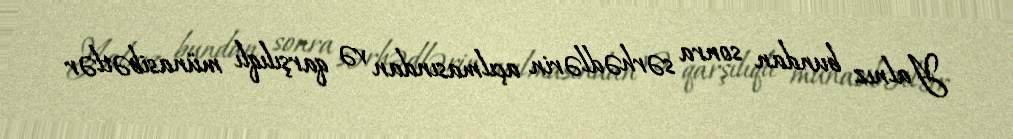
Yalnız bundan sonra sərhədlərin açılmasından və qarşılıqlı münasibətlər